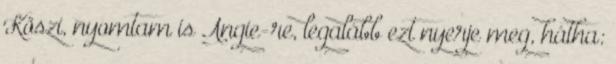
Köszi, nyomtam is Angie-re, legalább ezt nyerje meg, hátha: